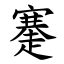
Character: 䞿